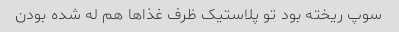
سوپ ریخته بود تو پلاستیک ظرف غذا‌ها هم له شده بودن